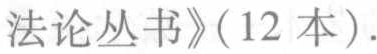
法论丛书》(12 本).